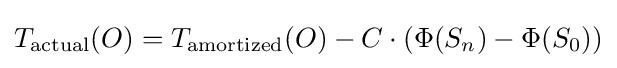
T_{\mathrm {actual} }(O)=T_{\mathrm {amortized} }(O)-C\cdot (\Phi (S_{n})-\Phi (S_{0}))